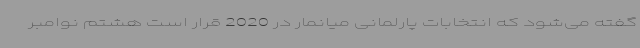
گفته می‌شود که انتخابات پارلمانی میانمار در 2020 قرار است هشتم نوامبر